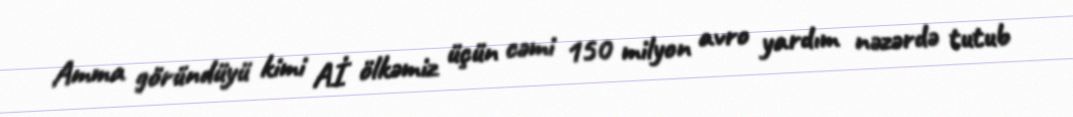
Amma göründüyü kimi Aİ ölkəmiz üçün cəmi 150 milyon avro yardım nəzərdə tutub